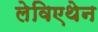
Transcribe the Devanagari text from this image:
लेविएथेन